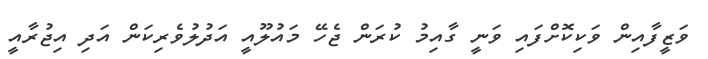
ވަޒީފާއިން ވަކިކޮށްފައި ވަނީ ގާއިމު ކުރަން ޖެހޭ މައުލޫއީ އަދުލުވެރިކަން އަދި އިޖުރާއީ